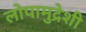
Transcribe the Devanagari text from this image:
लोपामुद्रेशी